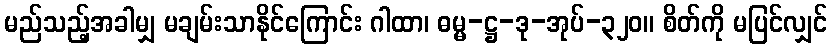
မည်သည့်အခါမျှ မချမ်းသာနိုင်ကြောင်း ဂါထာ၊ ဓမ္မ-ဋ္ဌ-ဒု-အုပ်-၃၂၀။ စိတ်ကို မပြင်လျှင်